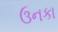
ઉનકા